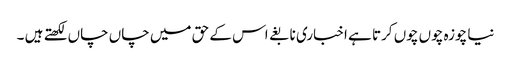
نیا چوزہ چوں چوں کرتا ہے اخباری نابغے اس کے حق میں چاں چاں لکھتے ہیں ۔